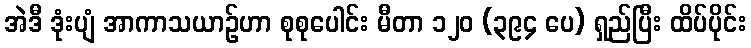
အဲဒီ ဒုံးပျံ အာကာသယာဉ်ဟာ စုစုပေါင်း မီတာ ၁၂၀ (၃၉၄ ပေ) ရှည်ပြီး ထိပ်ပိုင်း